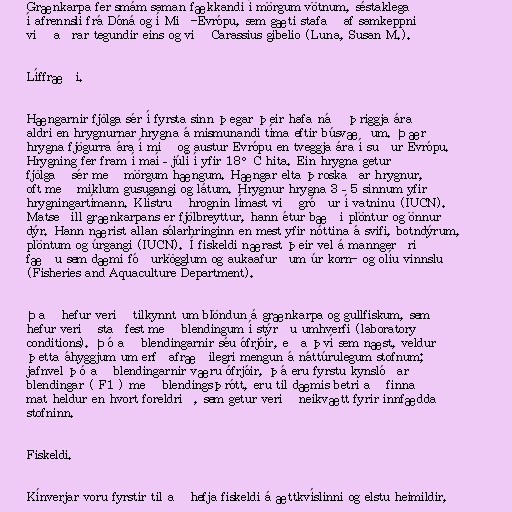
Grænkarpa fer smám saman fækkandi í mörgum vötnum, séstaklega
í afrennsli frá Dóná og í Mið-Evrópu, sem gæti stafað af samkeppni
við aðrar tegundir eins og við Carassius gibelio (Luna, Susan M.).

Líffræði.

Hængarnir fjölga sér í fyrsta sinn þegar þeir hafa náð þriggja ára
aldri en hrygnurnar hrygna á mismunandi tíma eftir búsvæðum. Þær
hrygna fjögurra ára í mið og austur Evrópu en tveggja ára í suður Evrópu.
Hrygning fer fram í maí–júlí í yfir 18°C hita. Ein hrygna getur
fjölgað sér með mörgum hængum. Hængar elta þroskaðar hrygnur,
oft með miklum gusugangi og látum. Hrygnur hrygna 3–5 sinnum yfir
hrygningartímann. Klístruð hrognin límast við gróður í vatninu (IUCN).
Matseðill grænkarpans er fjölbreyttur, hann étur bæði plöntur og önnur
dýr. Hann nærist allan sólarhringinn en mest yfir nóttina á svifi, botndýrum,
plöntum og úrgangi (IUCN). Í fiskeldi nærast þeir vel á manngerðri
fæðu sem dæmi fóðurkögglum og aukaafurðum úr korn- og olíu vinnslu
(Fisheries and Aquaculture Department).

Það hefur verið tilkynnt um blöndun á grænkarpa og gullfiskum, sem
hefur verið staðfest með blendingum í stýrðu umhverfi (laboratory
conditions). Þó að blendingarnir séu ófrjóir, eða því sem næst, veldur
þetta áhyggjum um erfðafræðilegri mengun á náttúrulegum stofnum;
jafnvel þó að blendingarnir væru ófrjóir, þá eru fyrstu kynslóðar
blendingar ( F1 ) með blendingsþrótt, eru til dæmis betri að finna
mat heldur en hvort foreldrið, sem getur verið neikvætt fyrir innfædda
stofninn.

Fiskeldi.

Kínverjar voru fyrstir til að hefja fiskeldi á ættkvíslinni og elstu heimildir,